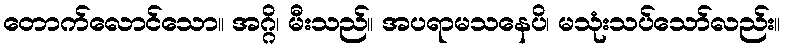
တောက်လောင်သော။ အဂ္ဂိ၊ မီးသည်။ အပရာမသနေပိ၊ မသုံးသပ်သော်လည်း။